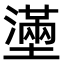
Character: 𡒗